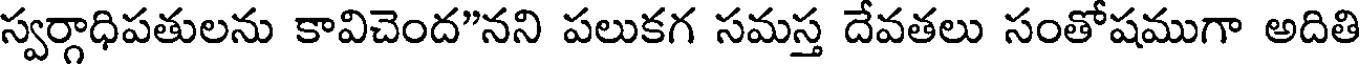
స్వర్గాధిపతులను కావిచెంద"నని పలుకగ సమస్త దేవతలు సంతోషముగా అదితి